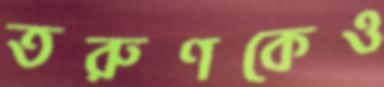
তরুণকেও